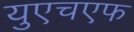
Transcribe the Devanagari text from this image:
युएचएफ